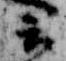
云